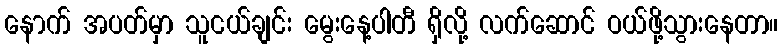
နောက် အပတ်မှာ သူငယ်ချင်း မွေးနေ့ပါတီ ရှိလို့ လက်ဆောင် ဝယ်ဖို့သွားနေတာ။